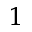
^ 1